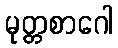
မုတ္တစာဂေါ